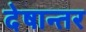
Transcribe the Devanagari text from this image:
देषान्‍तर